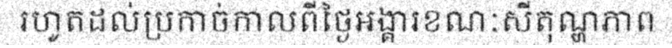
រហូតដល់ប្រកាច់កាលពីថ្ងៃអង្គារខណៈសីតុណ្ហភាព